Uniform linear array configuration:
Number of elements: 12
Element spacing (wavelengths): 0.5
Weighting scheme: blackman
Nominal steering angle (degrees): -30
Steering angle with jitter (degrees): -28.025
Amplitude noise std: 0.05
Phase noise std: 0.05

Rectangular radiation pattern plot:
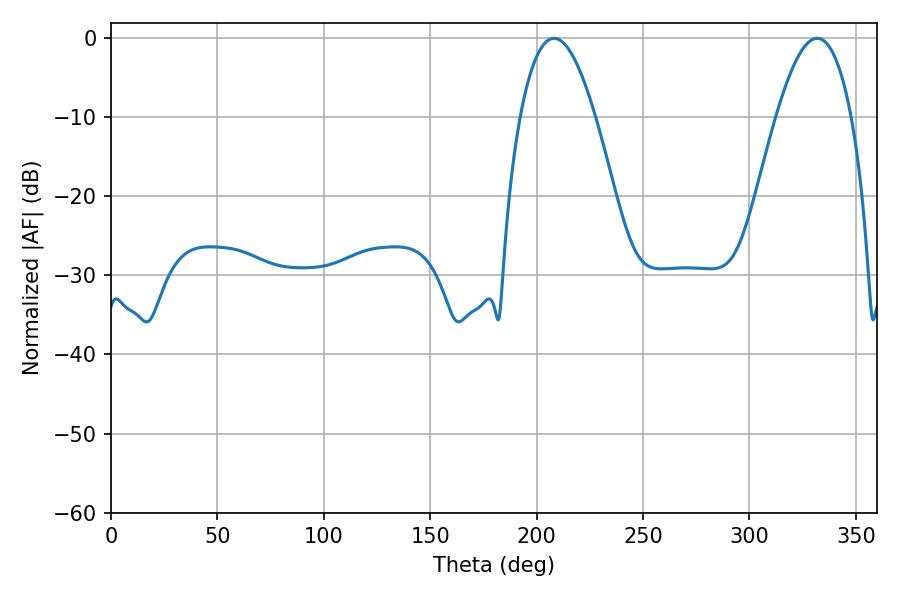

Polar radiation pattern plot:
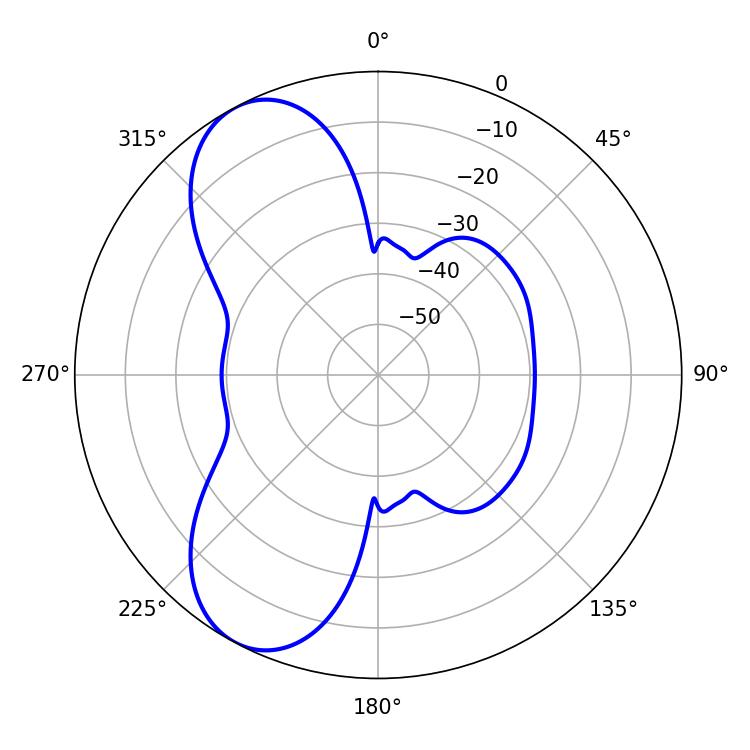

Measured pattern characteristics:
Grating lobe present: FALSE
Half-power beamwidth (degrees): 19.26
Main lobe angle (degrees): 208.26